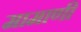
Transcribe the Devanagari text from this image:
मामाणी